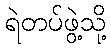
ရဲတပ်ဖွဲ့သို့